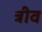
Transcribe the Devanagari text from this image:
त्रीव